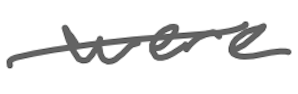
Text: were
Cross-out: single-line
Writing tool: digital_gray